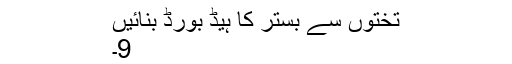
تختوں سے بستر کا ہیڈ بورڈ بنائیں
9۔